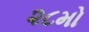
૨૮મો